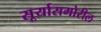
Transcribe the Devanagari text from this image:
सूर्यासमोरील